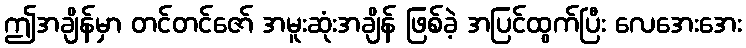
ဤအချိန်မှာ တင်တင်ဇော် အမူးဆုံးအချိန် ဖြစ်ခဲ့ အပြင်ထွက်ပြီး လေအေးအေး